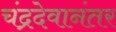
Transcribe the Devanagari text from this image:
चंद्रदेवानंतर